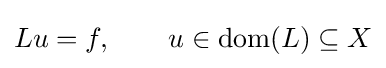
Lu=f,\qquad u\in \operatorname {dom} (L)\subseteq X